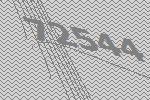
72544